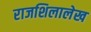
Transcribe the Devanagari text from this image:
राजशिलालेख